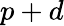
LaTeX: p+d